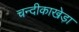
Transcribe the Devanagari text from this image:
चन्दीकाखेड़ा